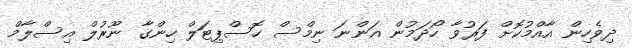
ދިވެހިން އާއްމުކޮށް ފަރުވާ ހޯދަމުން އަންނަ ނިމްސް ހޮސްޕިޓަލް ހިންގާ ނޫރުލް އިސްލާމް